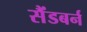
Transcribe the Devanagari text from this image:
सैंडबर्न